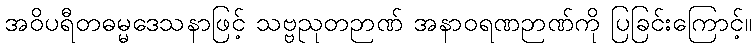
အဝိပရီတဓမ္မဒေသနာဖြင့် သဗ္ဗညုတဉာဏ် အနာဝရဏဉာဏ်ကို ပြခြင်းကြောင့်။